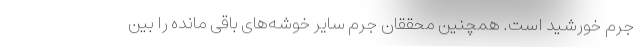
جرم خورشید است. همچنین محققان جرم سایر خوشه‌های باقی مانده را بین